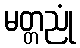
မတ္တညုံ